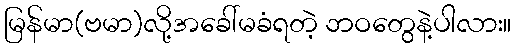
မြန်မာ(ဗမာ)လို့အခေါ်မခံရတဲ့ ဘဝတွေနဲ့ပါလား။